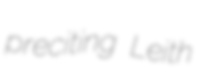
preciting Leith